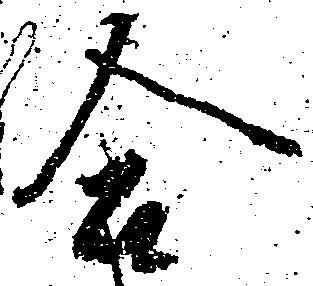
合